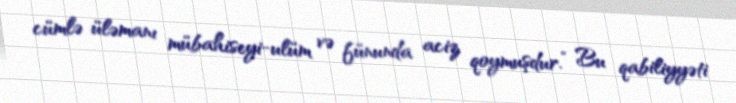
cümlə üləmanı mübahiseyi-ulüm və fünunda aciz qoymuşdur.” Bu qabiliyyəti